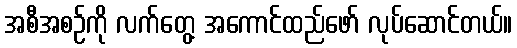
အစီအစဉ်ကို လက်တွေ့ အကောင်ထည်ဖော် လုပ်ဆောင်တယ်။